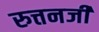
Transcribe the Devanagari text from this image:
रुत्तनजी